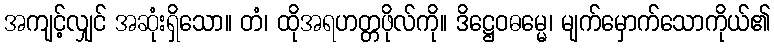
အကျင့်လျှင် အဆုံးရှိသော။ တံ၊ ထိုအရဟတ္တဖိုလ်ကို။ ဒိဋ္ဌေဝဓမ္မေ၊ မျက်မှောက်သောကိုယ်၏